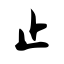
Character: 止